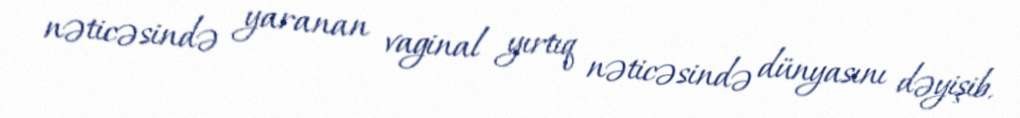
nəticəsində yaranan vaginal yırtıq nəticəsində dünyasını dəyişib.